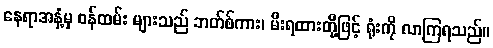
နေရာအနှံ့မှ ဝန်ထမ်း များသည် ဘတ်စ်ကား၊ မီးရထားတို့ဖြင့် ရုံးကို လာကြရသည်။